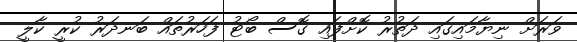
ވަރަށް ނިޔާމައިގައި ދަތުރު ކޮށްފައި ގޮސް ބޯޓު ފަހަރުތައް ބަނދަރު ކުރީ ކާލީ